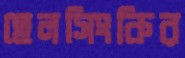
হেলসিংকির